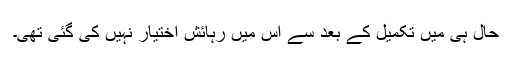
حال ہی میں تکمیل کے بعد سے اس میں رہائش اختیار نہیں کی گئی تھی۔